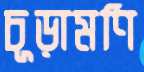
চূড়ামণি